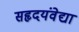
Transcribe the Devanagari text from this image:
सहृदयंवेद्या